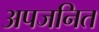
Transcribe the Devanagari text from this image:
अपजनित